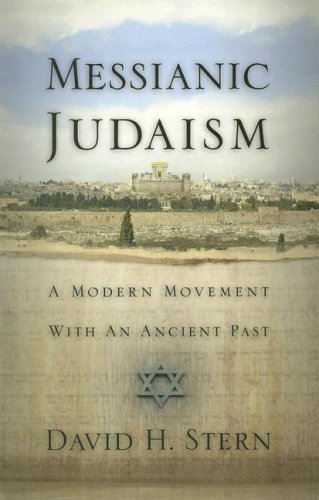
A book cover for Messianic Judaism: A Modern Movement with an Ancient Past; David H. Stern; Christian Books & Bibles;